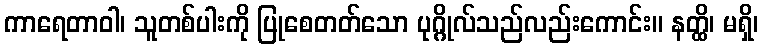
ကာရေတာဝါ၊ သူတစ်ပါးကို ပြုစေတတ်သော ပုဂ္ဂိုလ်သည်လည်းကောင်း။ နတ္ထိ၊ မရှိ၊